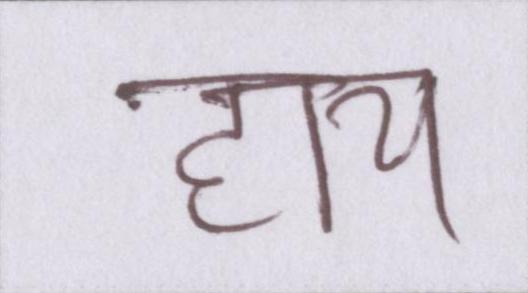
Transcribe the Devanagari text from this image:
हाय